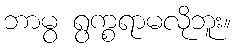
ဘာမွ ရွက္စရာမလိုဘူး။